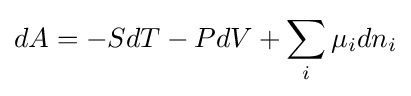
dA=-SdT-PdV+\sum _{i}\mu _{i}dn_{i}